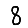
Digit: 8